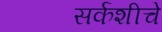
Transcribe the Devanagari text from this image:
सर्कशीचे